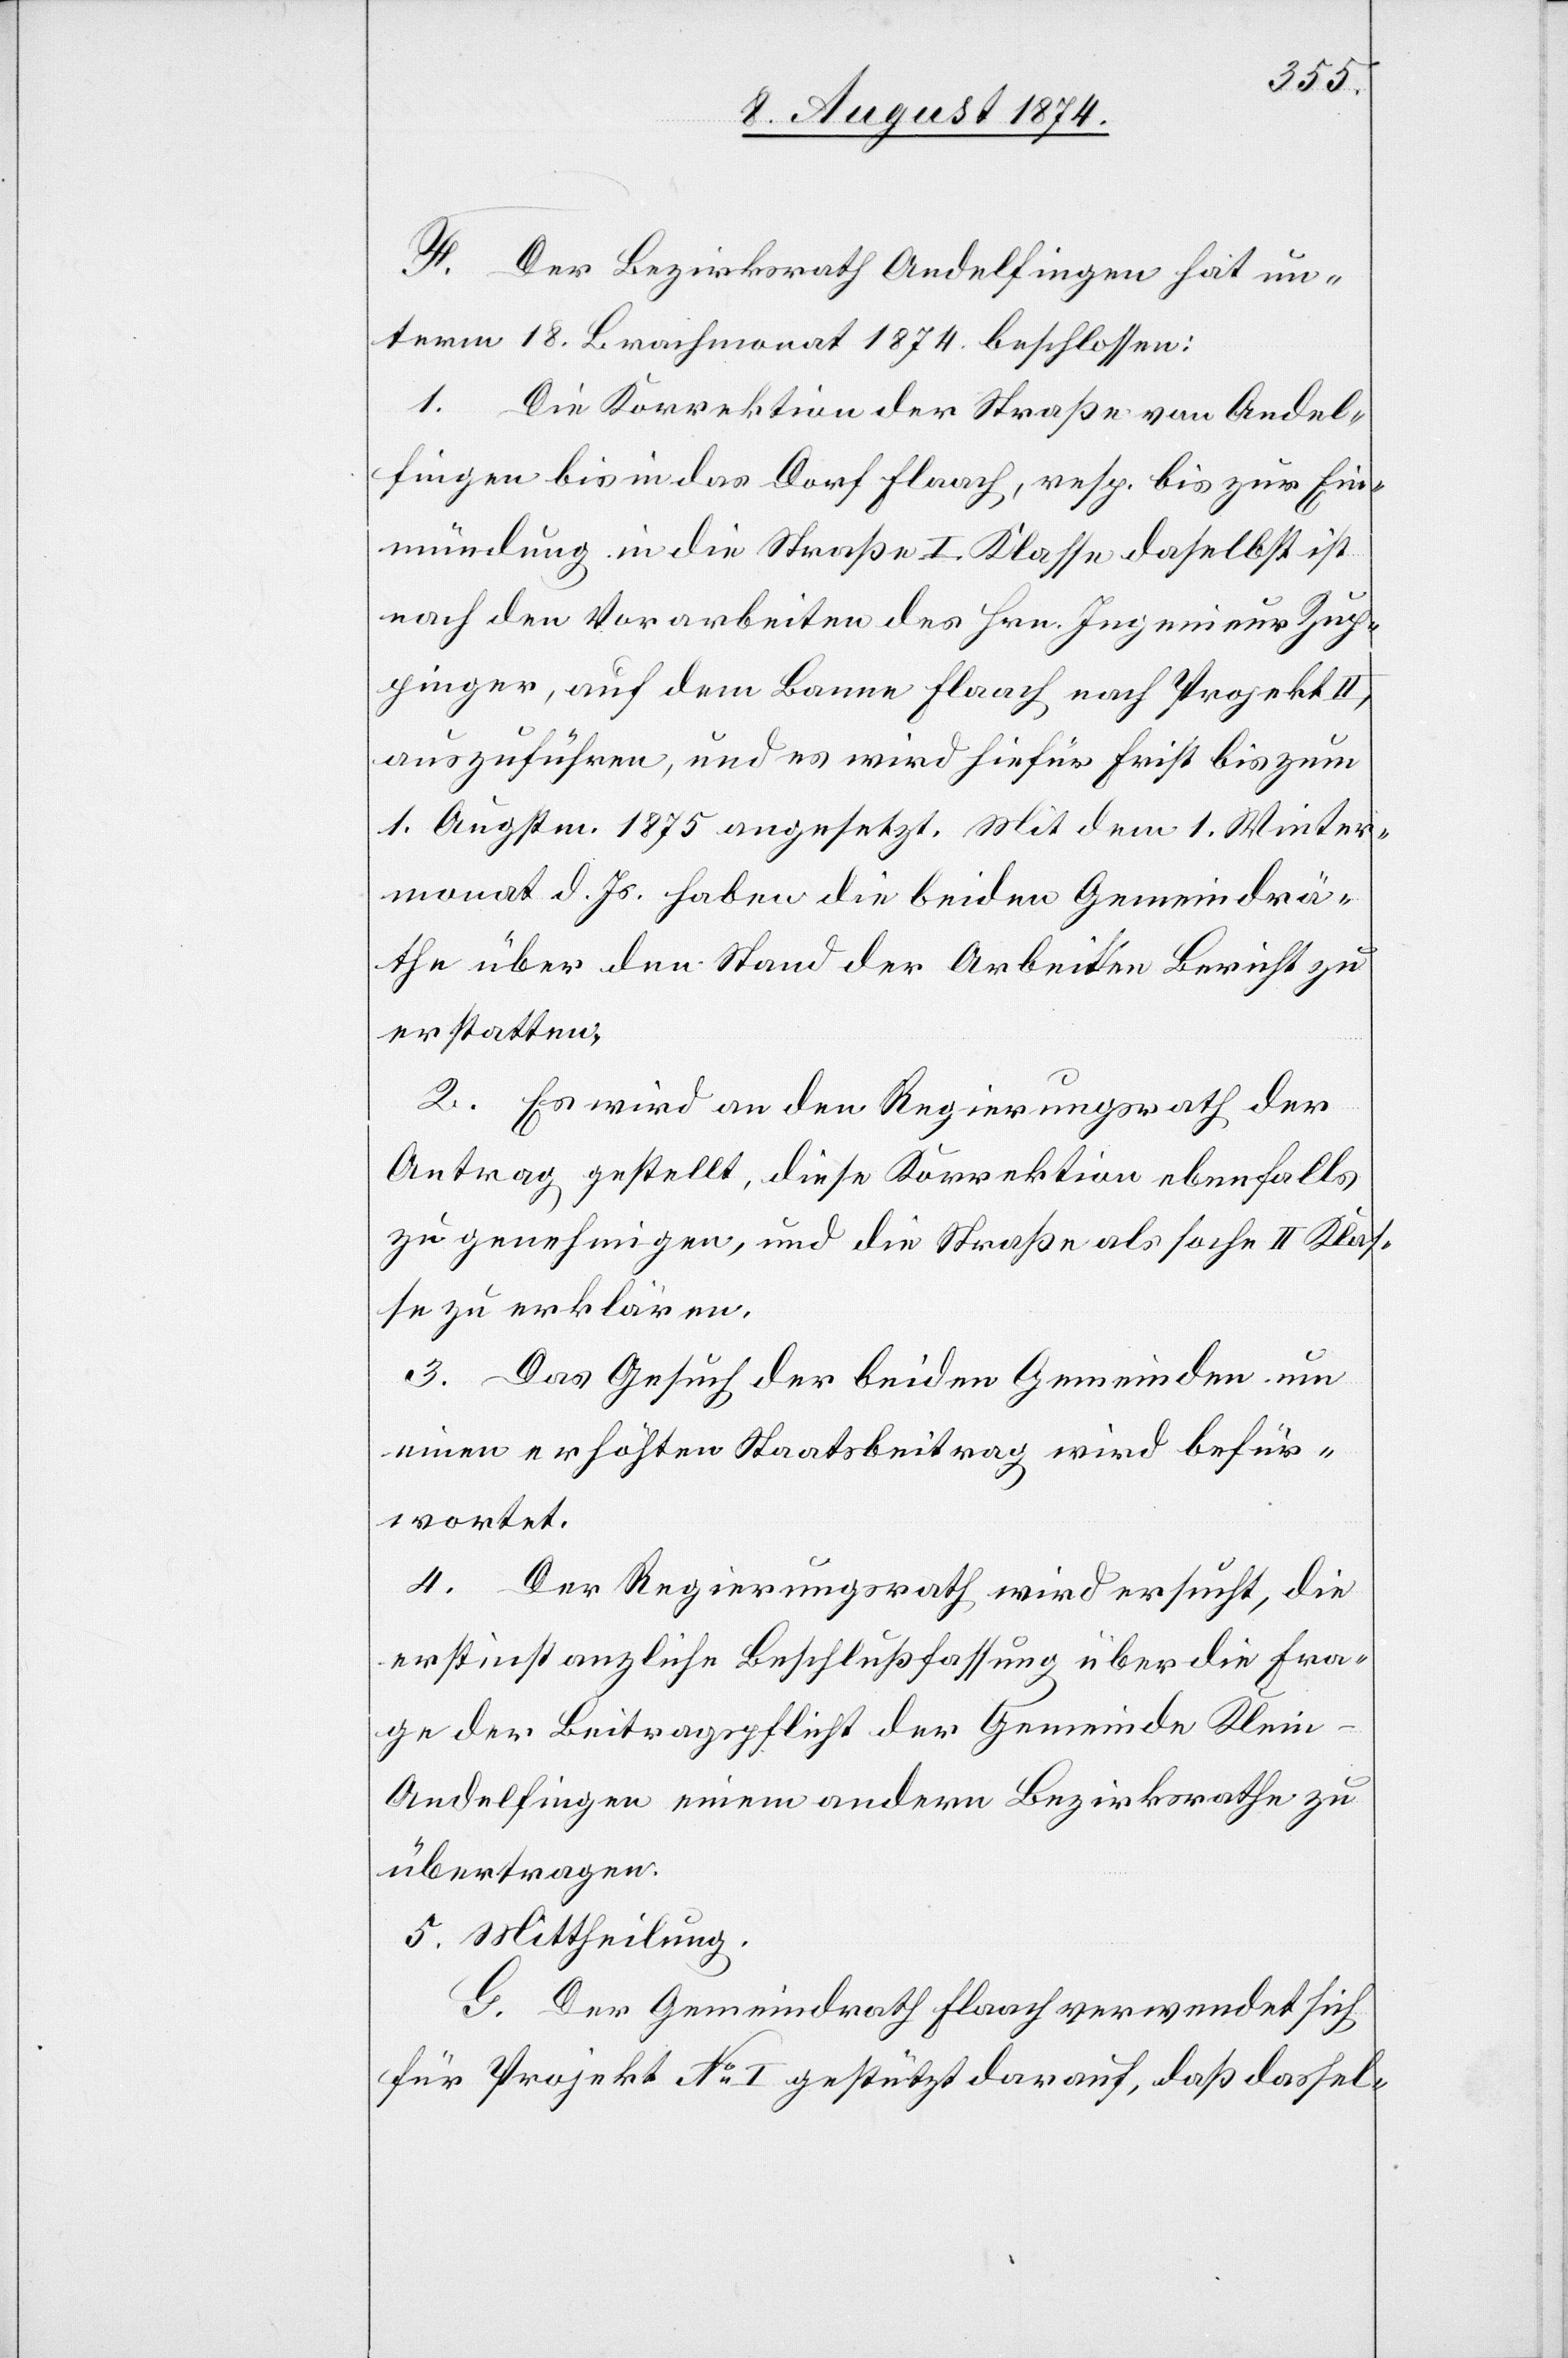
[sic!] Der Bezirksrath Andelfingen hat un¬
term 18. Brachmonat 1874 beschlossen:
1. Die Korrektion der Straße von Andel¬
fingen bis in das Dorf Flaach, resp. bis zur Ein¬
mündung in die Straße I. Klasse daselbst ist
nach den Vorarbeiten des Hrn. Ingenieur Zup¬
pinger, auf dem Banne Flaach nach Projekt II.,
auszuführen, und es wird hiefür Frist bis zum
1. Augstm. 1875 angesetzt. Mit dem 1. Winter¬
monat d. Js. haben die beiden Gemeindrä¬
the über den Stand der Arbeiten Bericht zu
erstatten.
2. Es wird an den Regierungsrath der
Antrag gestellt, diese Korrektion ebenfalls
zu genehmigen, und die Straße als so[l]che II. Klas¬
se zu erklären.
3. Das Gesuch der beiden Gemeinden um
einen erhöhten Staatsbeitrag wird befür¬
wortet.
4. Der Regierungsrath wird ersucht, die
erstinstanzliche Beschlußfassung über die Fra¬
ge der Beitragsflicht der Gemeinde Klein-A¬
ndelfingen einem andern Bezirksrathe zu
übertragen.
5. Mittheilung.
G. Der Gemeindrath Flaach verwendet sich
für Projekt No I gestützt darauf, daß dassel-